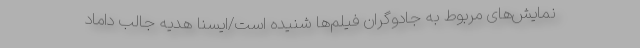
نمایش‌های مربوط به جادوگران فیلم‌ها شنیده است/ایسنا هدیه جالب داماد